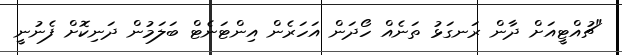
"ޗުއްޓީއަށް ދާން ރަނގަޅު ތަނެއް ހޯދަން އަހަރެން އިންޓަނެޓް ބަލަމުން ދަނިކޮށް ފެނުނީ